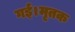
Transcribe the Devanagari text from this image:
गई।मृतक